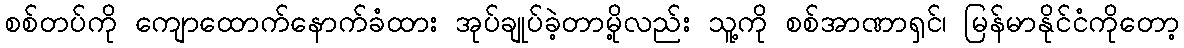
စစ်တပ်ကို ကျောထောက်နောက်ခံထား အုပ်ချုပ်ခဲ့တာမို့လည်း သူ့ကို စစ်အာဏာရှင်၊ မြန်မာနိုင်ငံကိုတော့